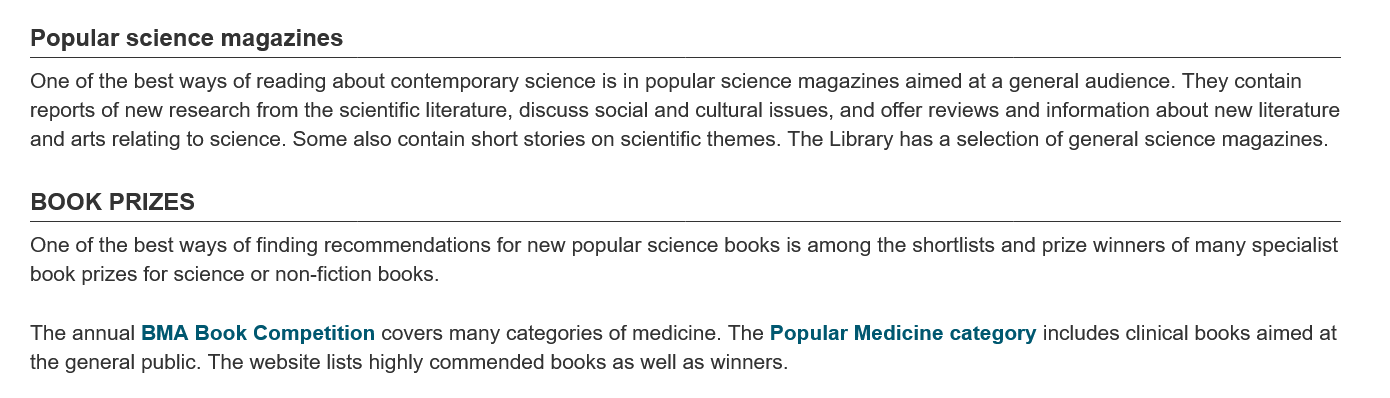
Popular  science  magazines
    BOOK PRIZES
   One of the best ways of reading about contemporary science is in popular science magazines aimed at a general audience. They contain
   reports of new research from the scientific literature, discuss social and cultural issues, and offer reviews and information about new literature
   and arts relating to science. Some also contain short stories on scientific themes. The Library has a selection of general science magazines.

   One of the best ways of finding recommendations for new popular science books is among the shortlists and prize winners of many specialist
   book prizes for science or non-fiction books.
   The  annual BMA Book  Competition covers many categories of medicine. The Popular Medicine category includes clinical books aimed at
   the general public. The website lists highly commended books as well as winners.